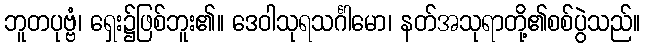
ဘူတပုဗ္ဗံ၊ ရှေး၌ဖြစ်ဘူး၏။ ဒေဝါသုရသင်္ဂါမော၊ နတ်အသုရာတို့၏စစ်ပွဲသည်။